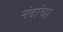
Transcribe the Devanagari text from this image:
नंदांचा